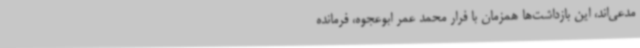
مدعی‌اند، این بازداشت‌ها همزمان با فرار محمد عمر ابوعجوه، فرمانده